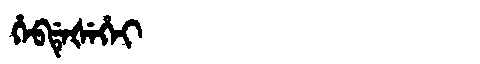
Manchu: ᡥᡝᠪᡩᡝᡧᡝᡥᡝᡳ
Romanization: HEBDEŠEHEI